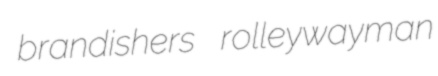
brandishers rolleywayman